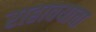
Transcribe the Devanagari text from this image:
राहावयाचा